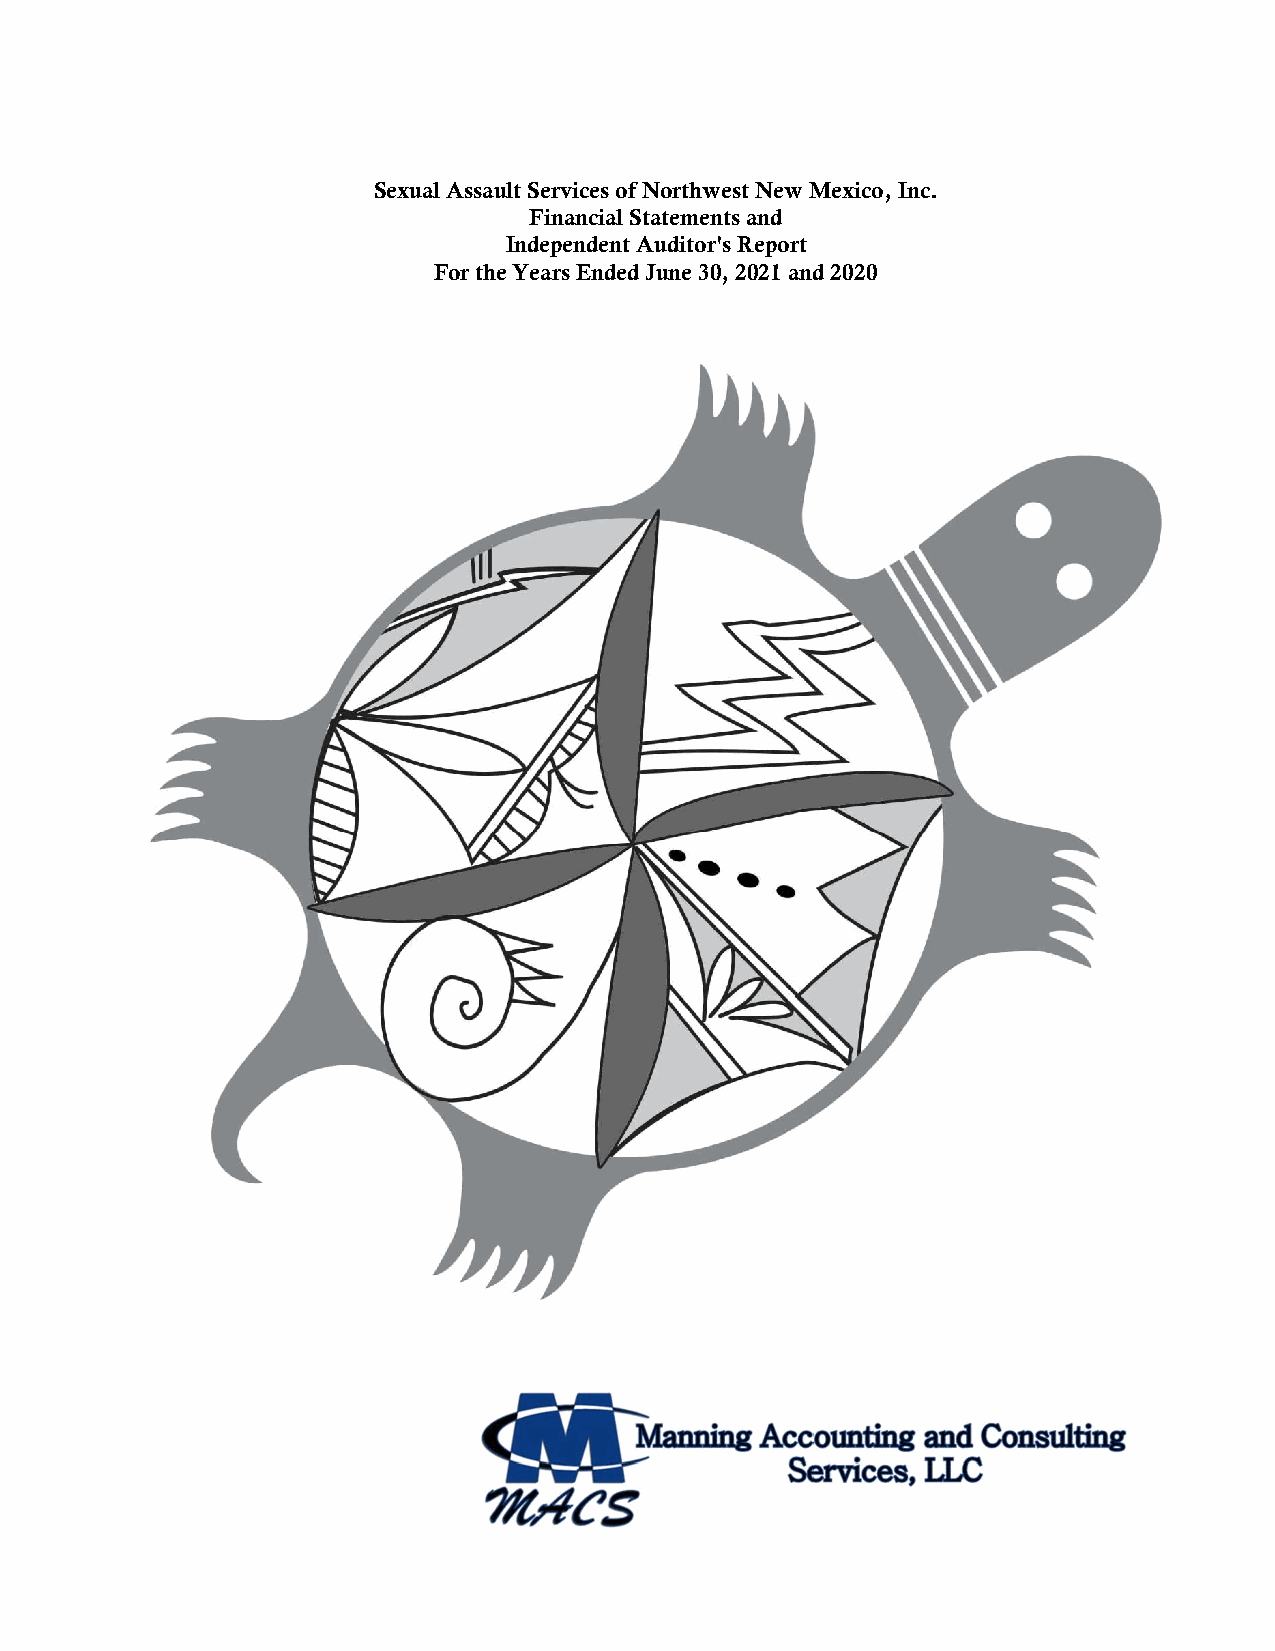
Sexual Assault Services of Northwest New Mexico, Inc.
 Financial Statements and
 Independent Auditor's Report
 For the Years Ended June 30, 2021 and 2020